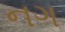
નગ